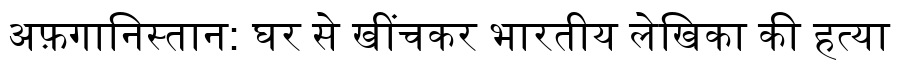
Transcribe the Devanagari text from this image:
अफ़गानिस्तान: घर से खींचकर भारतीय लेखिका की हत्या